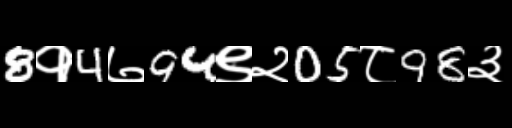
Text: 8१4७94९२05८98३